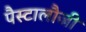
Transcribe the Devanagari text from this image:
पैस्टालौजी